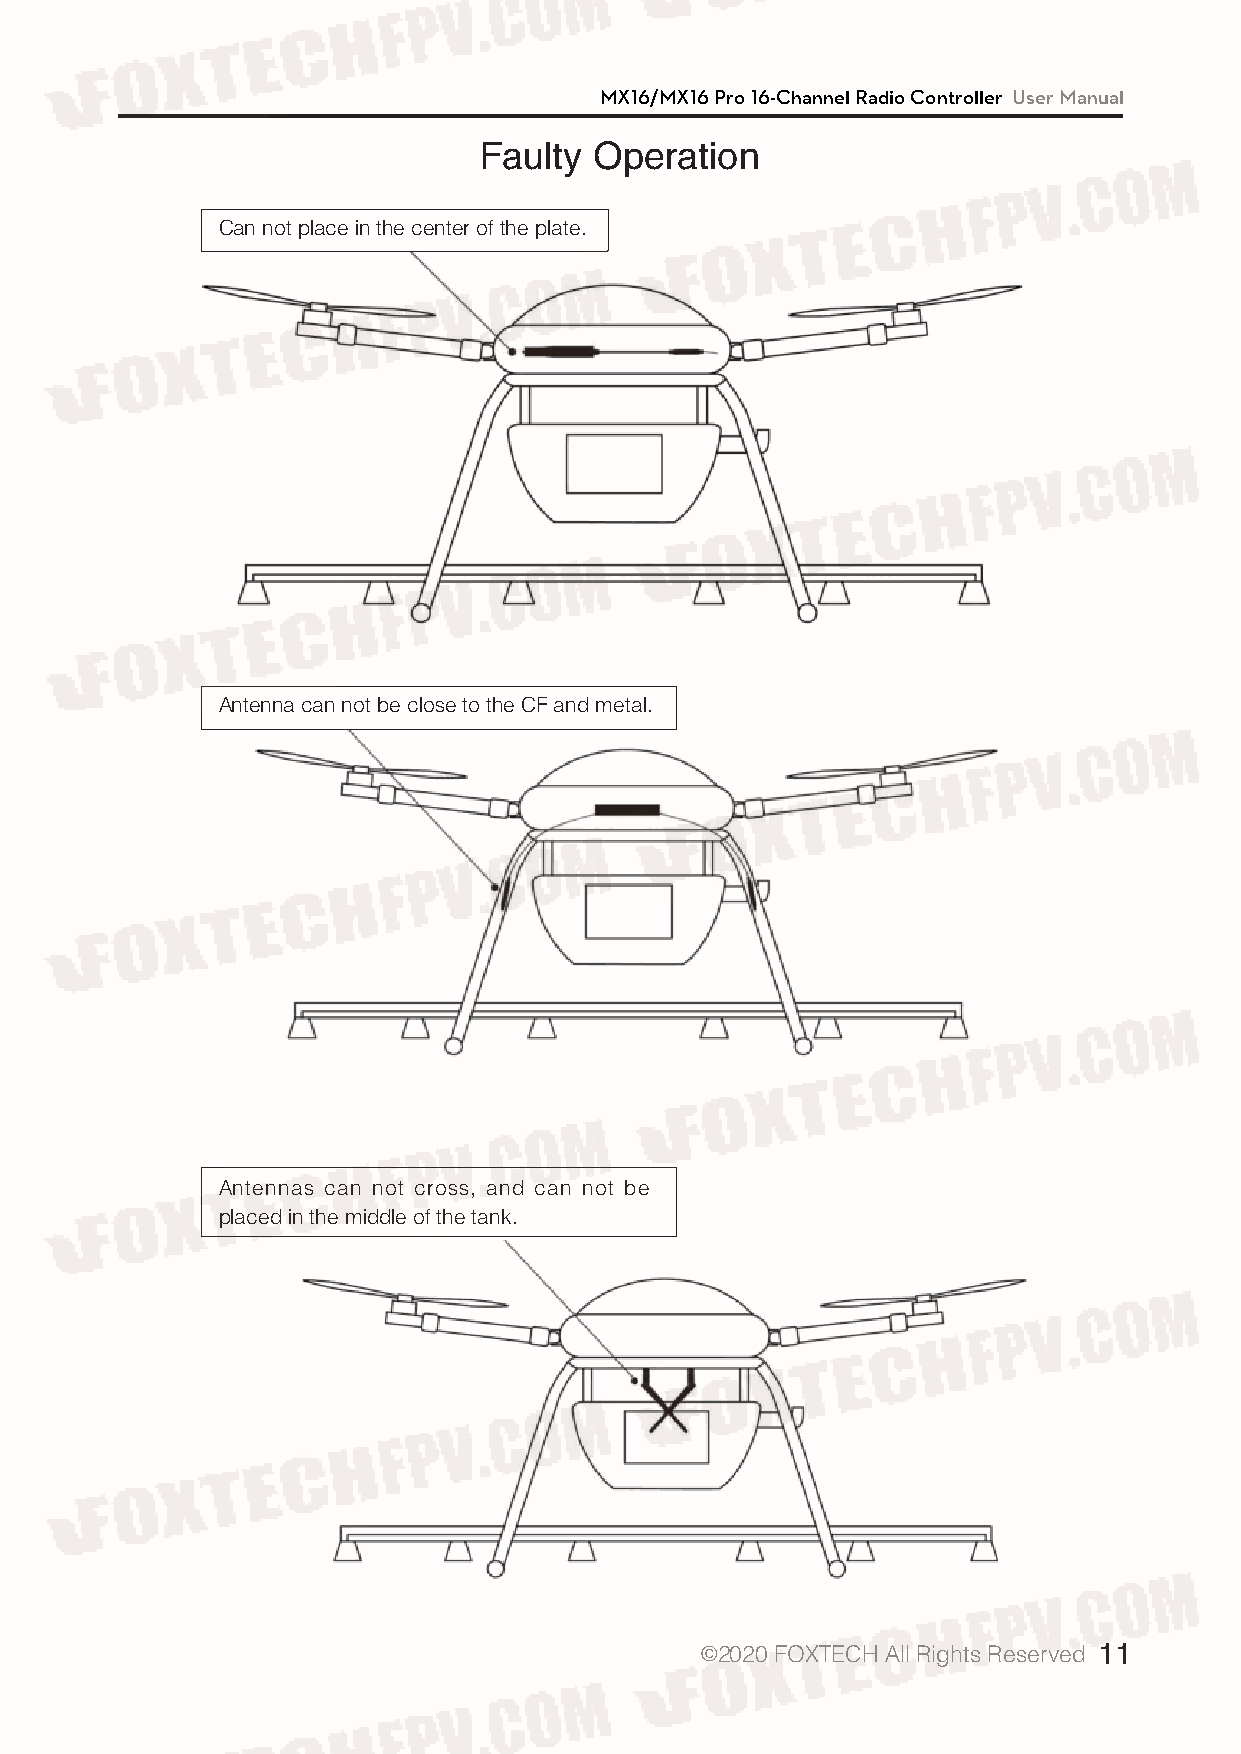
MX16/MX16 Pro 16-Channel Radio Controller User Manual
 Faulty Operation
 Can not place in the center of the plate.
 Antenna can not be close to the CF and metal.
 Antennas can not cross, and can not be
 placed in the middle of the tank.
 ©2020 FOXTECH All Rights Reserved 11